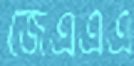
জেএএএ